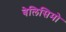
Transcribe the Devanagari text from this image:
बेलिसिमो